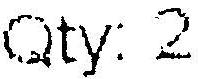
QTY: 2